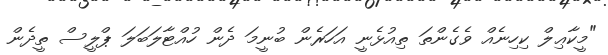
"މީކާޢިލް ކިހިނެއް ވެގެންތަ ތިއުޅެނީ އަހަރެން ބުނީމަ ދެން ހުއްޓާލަބަލަ ޕްލީސް ތީދެން